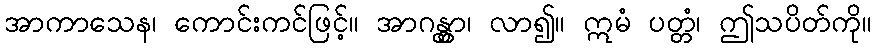
အာကာသေန၊ ကောင်းကင်ဖြင့်။ အာဂန္တွာ၊ လာ၍။ ဣမံ ပတ္တံ၊ ဤသပိတ်ကို။